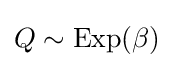
Q\sim \mathrm {Exp} (\beta )